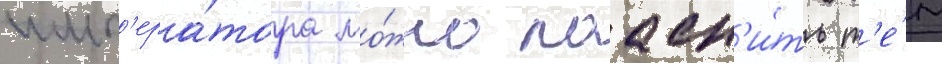
имп'ера́тора мо́жно поасн'и́ть т'е́м